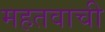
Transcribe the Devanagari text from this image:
महतवाची